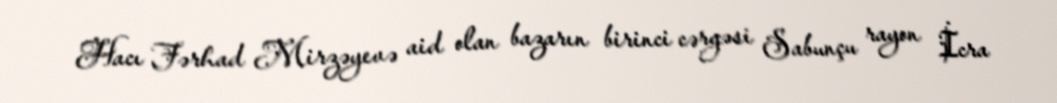
Hacı Fərhad Mirzəyevə aid olan bazarın birinci cərgəsi Sabunçu rayon İcra